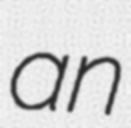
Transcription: an